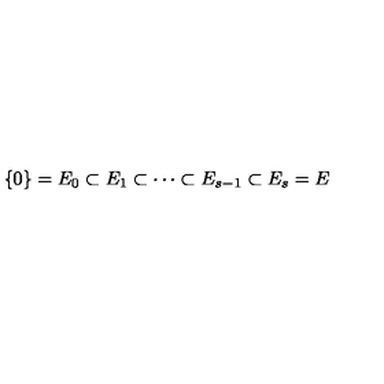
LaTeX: \{ 0 \} = E _ { 0 } \subset E _ { 1 } \subset \cdots \subset E _ { s - 1 } \subset E _ { s } = E